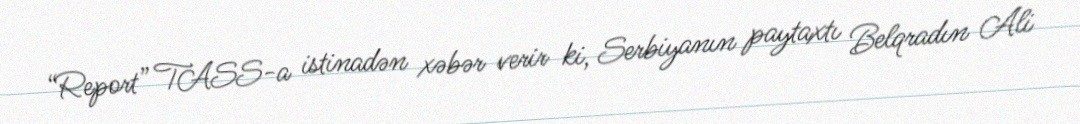
“Report” TASS-a istinadən xəbər verir ki, Serbiyanın paytaxtı Belqradın Ali